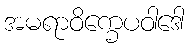
အမရာဝိက္ခေပဝါဒေါ